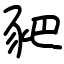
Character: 豝